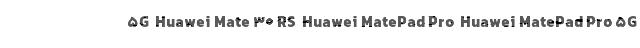
5G  Huawei Mate 30 RS  Huawei MatePad Pro  Huawei MatePad Pro 5G